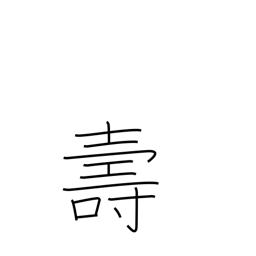
Meaning: longevity